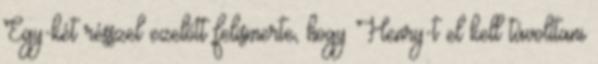
Egy-két résszel ezelőtt felismerte, hogy Henry-t el kell távolítani